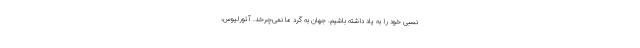
نسبی خود را به یاد داشته باشیم. جهان به گرد ما نمی‌چرخد. آئورلیوس،